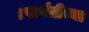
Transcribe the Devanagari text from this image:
।पार्वतीच्या